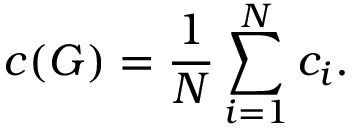
c ( G ) = \frac { 1 } { N } \sum _ { i = 1 } ^ { N } c _ { i } .